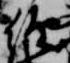
経